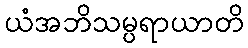
ယံအဘိသမ္ပရာယာတိ